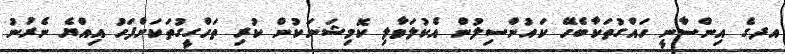
އދގެ އިންސާނީ ހައްގުތަކާބެހޭ ކައުންސިލުން އެކުލަވާލި ކޮމިޝަނަކުން ކުރި ތަހްގީގުތަކަށްފަހު އިއްޔެ ނެރުނު